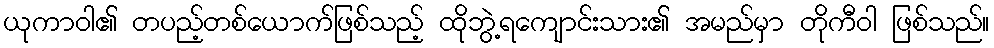
ယုကာဝါ၏ တပည့်တစ်ယောက်ဖြစ်သည့် ထိုဘွဲ့ရကျောင်းသား၏ အမည်မှာ တိုကီဝါ ဖြစ်သည်။